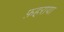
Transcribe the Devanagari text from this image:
फ़हराया